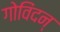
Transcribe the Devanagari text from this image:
गोविंदन्